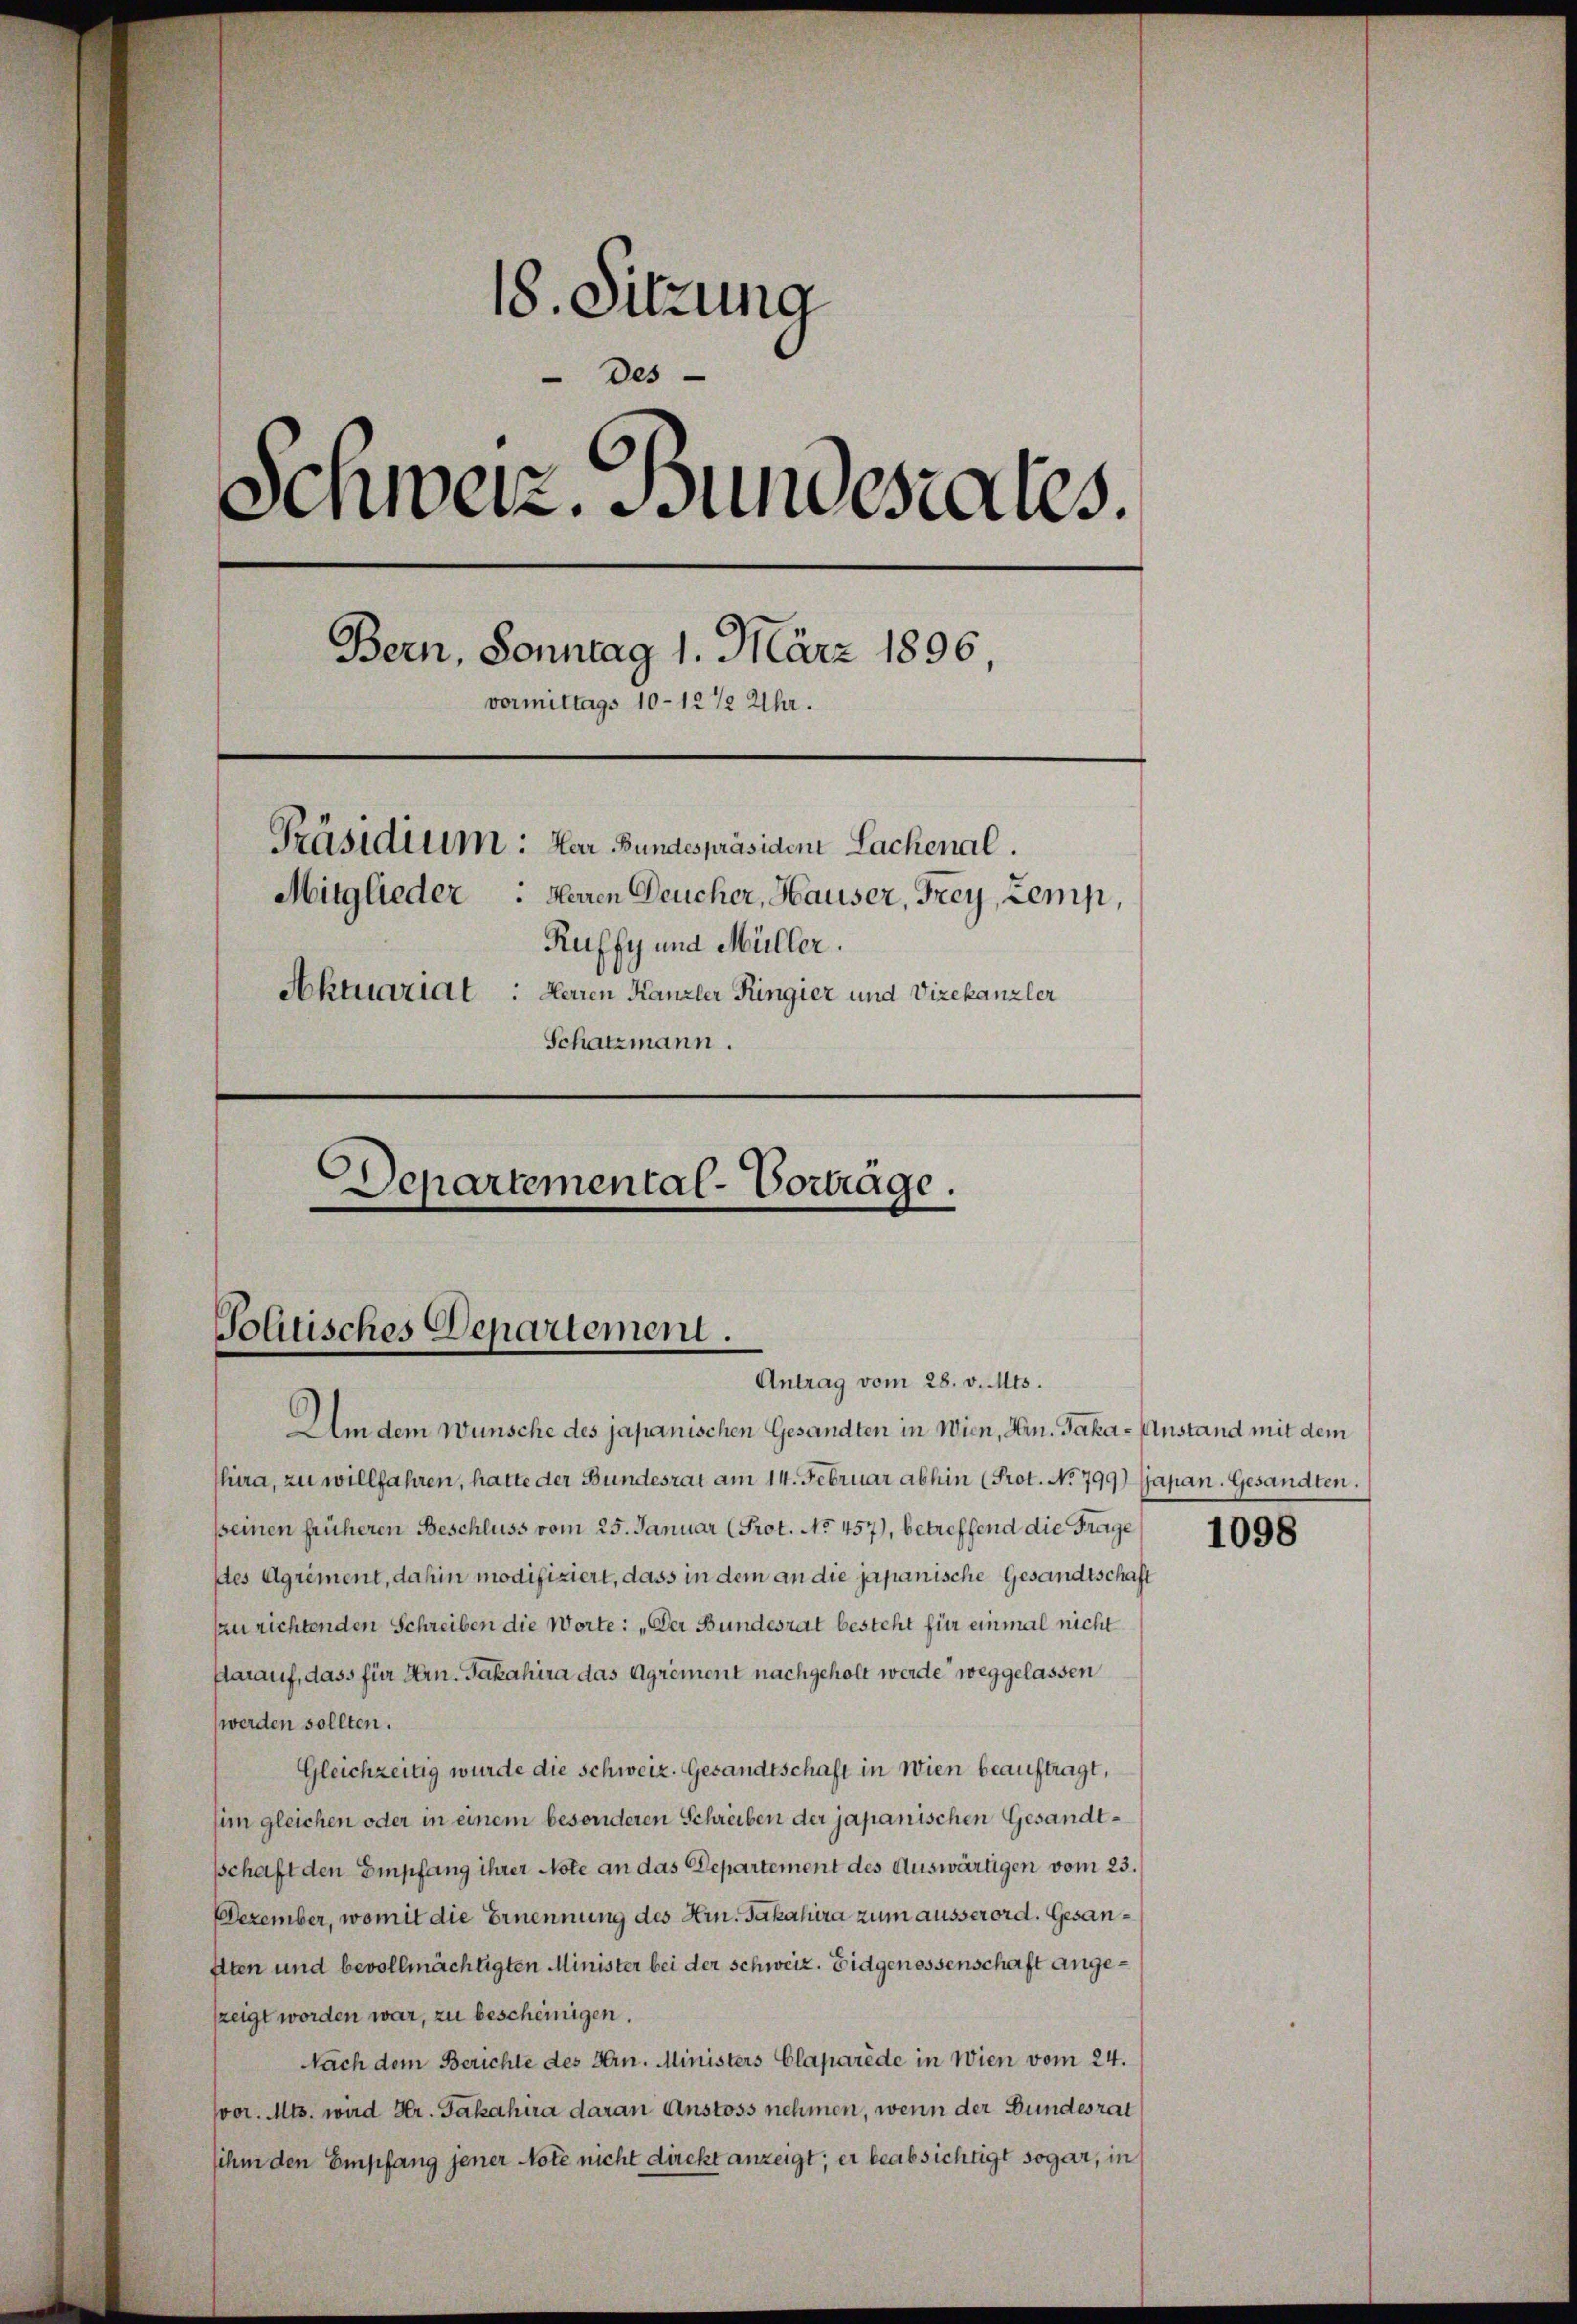
Um dem Wünsche des japanischen Gesandten in Wien, Hrn. Jaka-Anstand mit dem
hira, zu willfahren, hatte der Bundesrat am 14. Februar abhin (Prot. No 799) Japan. Gesandten.
peinen früheren Beschluss vom 25. Januar (Prot. No 457), betreffend die Frage
des Agriment, dahin modifiziert, dass in dem an die japanische Gesandtschaft
szurichtenden Schreiben die Worte: „Der Bundesrat besteht für einmal nicht
Aarauf, dass für Hrn. Jakahira das Agriment nachgeholt werde weggelassen
werden sollten.
Gleichzeitig wurde die Schweiz. Gesandtschaft in Wien beauftragt,
him gleichen oder in einem besonderen Schreiben der japanischen Gesandtschaft den Empfang ihrer Note an das Departement des Auswärtigen vom 23.
DDezember, womit die Ernennung des Hrn. Jakahira zum ausserord. Gesan¬
Etten und bevollmächtigten Minister bei der Schweiz. Eidgenossenschaft angezzeigt worden war, zu bescheinigen.
Nach dem Berichte des Hrn. Ministers Claparède in Wien vom 24.
vor. Mts. wird Hr. Jakahira daran Anstoss nehmen, wenn der Bundesrat
sihm den Empfang jener Note nicht direkt anzeigt; er beabsichtigt sogar, in

18. Sitzung
Des
Schweiz. Bundesrates.
Bern, Sonntag 1. März 1896,
vormittags 10-12 1/2 Uhr.
Präsidium: Har Bundespräsiden Lachenal.
Mitglieder: Herren Deucher, Hauser, Frey, Lemp,
Ruffy und Müller.
Aktuariat : Herren Kanzler Ringier und Vizekanzler
Schatzmann.
C
Departemental-Vorträge.
e

Tolitisches Departement.
Antrag vom 28. v. Mts.

1098